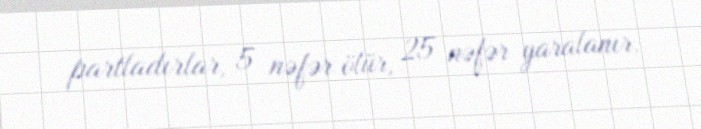
partladırlar, 5 nəfər ölür, 25 nəfər yaralanır.